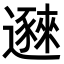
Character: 𬩥